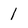
Character: 1